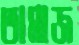
তামাজ